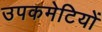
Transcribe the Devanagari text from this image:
उपकमेटियों